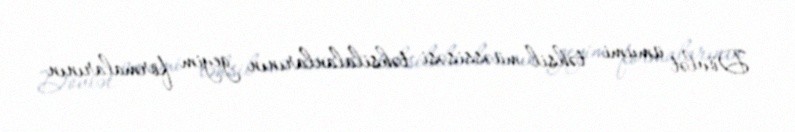
Dövlət ümumi təhsil müəssisəsi təhsilalanlarının geyim formalarının